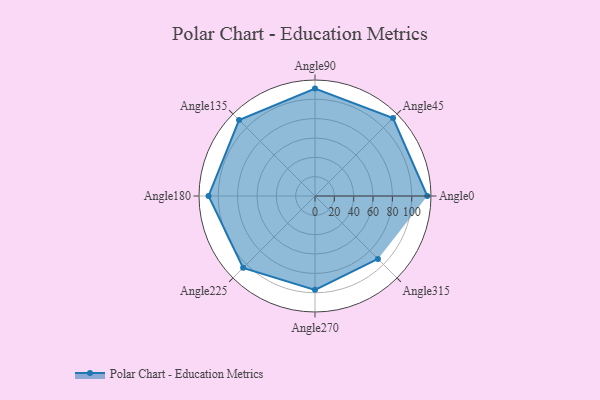
{"axis": {"x": "Angle", "y": "Radius"}, "legend": [""], "data": [{"x": "Angle0", "y": 116.0, "type": ""}, {"x": "Angle45", "y": 114.0, "type": ""}, {"x": "Angle90", "y": 111.0, "type": ""}, {"x": "Angle135", "y": 111.0, "type": ""}, {"x": "Angle180", "y": 110.0, "type": ""}, {"x": "Angle225", "y": 105.0, "type": ""}, {"x": "Angle270", "y": 97.0, "type": ""}, {"x": "Angle315", "y": 92.0, "type": ""}]}